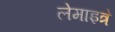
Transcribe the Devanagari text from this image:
लेमाइत्रे